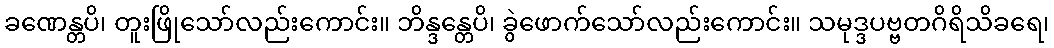
ခဏေန္တပိ၊ တူးဖြိုသော်လည်းကောင်း။ ဘိန္ဒန္တေပိ၊ ခွဲဖောက်သော်လည်းကောင်း။ သမုဒ္ဒပဗ္ဗတဂိရိသိခရေ၊